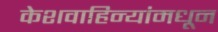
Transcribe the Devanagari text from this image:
केशवाहिन्यांमधून